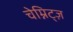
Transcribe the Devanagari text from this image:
चेम्निट्ज़